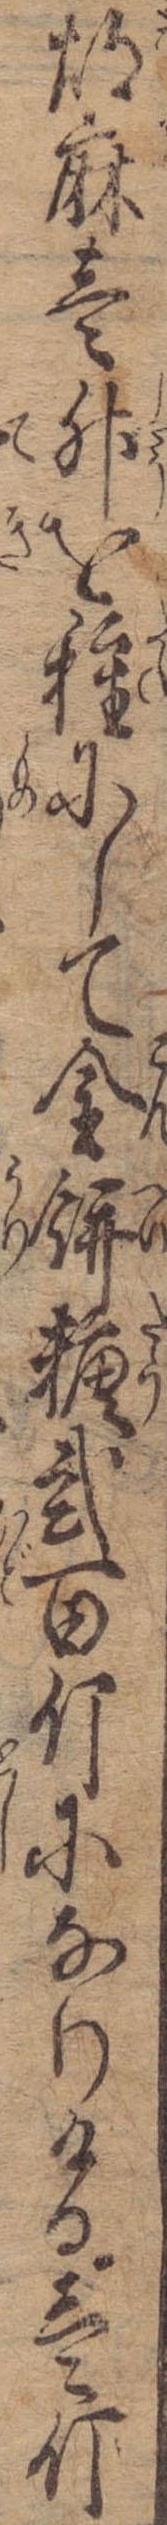
胡麻壱升を種にして金餅糖弐百斤になりける壱斤